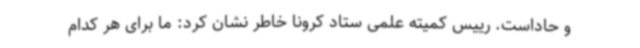
و حاداست. رییس کمیته علمی ستاد کرونا خاطر نشان کرد: ما برای هر کدام